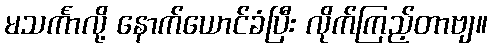
မသင်္ကာလို့ နောက်ယောင်ခံပြီး လိုက်ကြည့်တာဗျ။